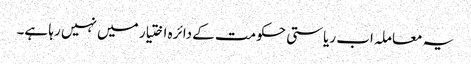
یہ معاملہ اب ریاستی حکومت کے دائرہ اختیار میں نہیں رہا ہے۔